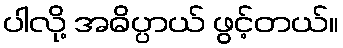
ပါလို့ အဓိပ္ပာယ် ဖွင့်တယ်။